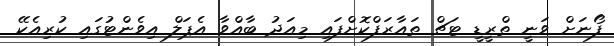
ފޯނަށް ވަނީ ތްރީޑީ ޓަޗް ތައާރަފްކޮށްފައި މިއަދު ބާއްވާ އެޕަލް އިވެންޓުގައި ކުރިއެކޭ